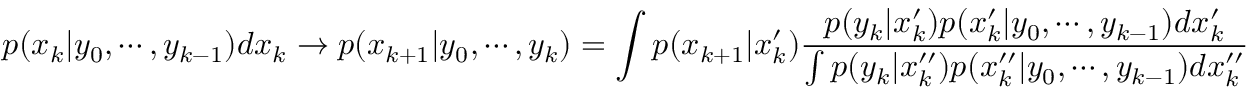
p ( x _ { k } | y _ { 0 } , \cdots , y _ { k - 1 } ) d x _ { k } \to p ( x _ { k + 1 } | y _ { 0 } , \cdots , y _ { k } ) = \int p ( x _ { k + 1 } | x _ { k } ^ { \prime } ) { \frac { p ( y _ { k } | x _ { k } ^ { \prime } ) p ( x _ { k } ^ { \prime } | y _ { 0 } , \cdots , y _ { k - 1 } ) d x _ { k } ^ { \prime } } { \int p ( y _ { k } | x _ { k } ^ { \prime \prime } ) p ( x _ { k } ^ { \prime \prime } | y _ { 0 } , \cdots , y _ { k - 1 } ) d x _ { k } ^ { \prime \prime } } }